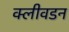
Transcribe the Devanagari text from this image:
क्लीवडन